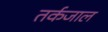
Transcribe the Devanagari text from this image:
तर्कजाल